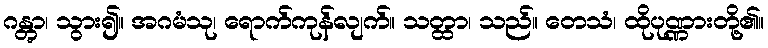
ဂန္တွာ၊ သွား၍။ အဂမံသု၊ ရောက်ကုန်လျက်။ သတ္ထာ၊ သည်။ တေသံ၊ ထိုပုဏ္ဏားတို့၏။